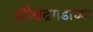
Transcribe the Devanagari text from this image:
हरिश्चंद्रगडाच्या